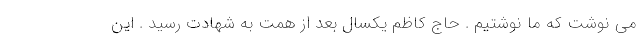
می نوشت که ما نوشتیم . حاج کاظم یکسال بعد از همت به شهادت رسید . این